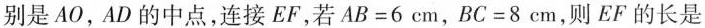
别是AO，AD的中点，连接EF，若$$A B = 6 c m$$，$$B C = 8 c m$$，则EF的长是